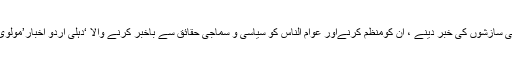
1857 میں مجاہدان ِآزادی کو حکومت کی سازشوں کی خبر دینے ، اُن کومنظّم کرنےاور عوام الناس کو سیاسی و سماجی حقائق سے باخبر کرنے والا ‘دہلی اردو اخبار’مولوی محمد باقر کی کاوشوں کا ہی نتیجہ تھا ۔